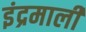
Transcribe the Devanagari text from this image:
इंद्रमाली